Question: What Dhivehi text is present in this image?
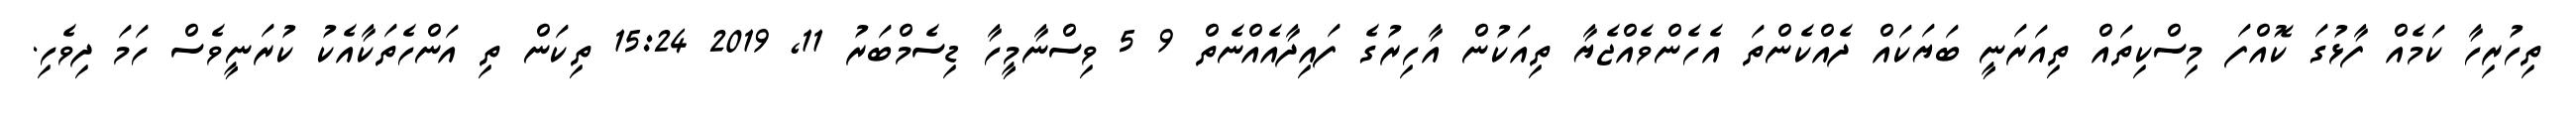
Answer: ތިހުރިހާ ކަމެއް ފާޅުގަ ކޮއްފަ މިސްކިތައް ތިއަރަނީ ބަޔަކައް ދެއްކެންތަ އެހެންވެއްޖެޔާ ތިއަކުން އާހިރުގެ ފައިދާއެއްނެތް 9 5 ވިސްނާމީހާ ޑިސެމްބަރު 11, 2019 15:24 ތިކަން ތި އަންހެތަކާއެކު ކުރަނީވެސް ހަމަ ދިވެހި.